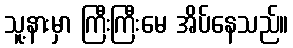
သူ့နားမှာ ကြီးကြီးမေ အိပ်နေသည်။